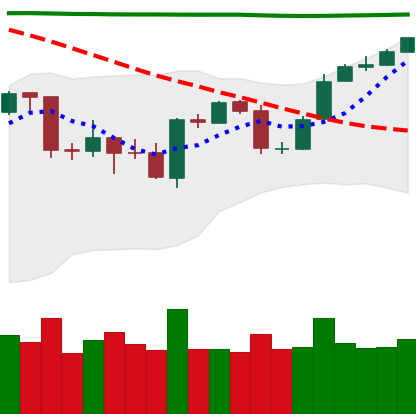
Ticker: BTC-USD
Chart end date: 2020-04-27
Forward return: 15.303%
Label: up_7plus